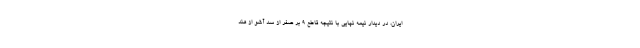
ایران، در دیدار نیمه نهایی با نتیجه قاطع ۹ بر صفر از سد آشو از هند